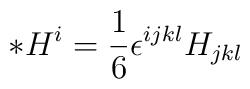
{\ast }H^i=\frac{1}{6}\epsilon^{ijkl}H_{jkl}